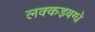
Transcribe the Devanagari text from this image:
लक्कड़बग्घे